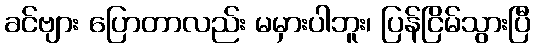
ခင်ဗျား ပြောတာလည်း မမှားပါဘူး၊ ပြန်ငြိမ်သွားပြီ